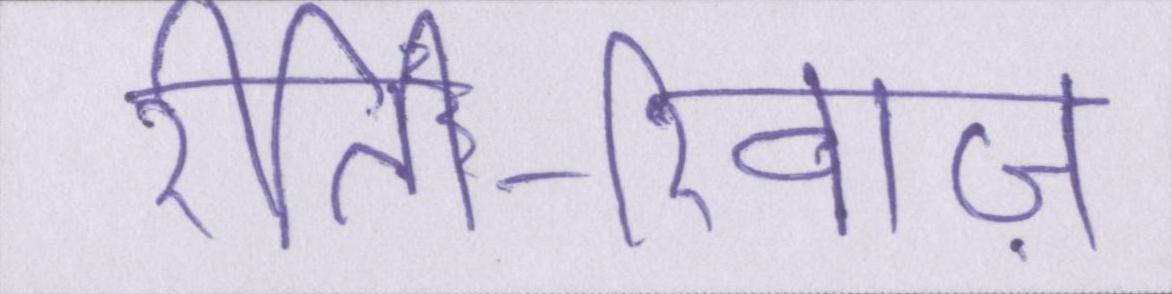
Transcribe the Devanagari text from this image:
रीति-रिवाज़